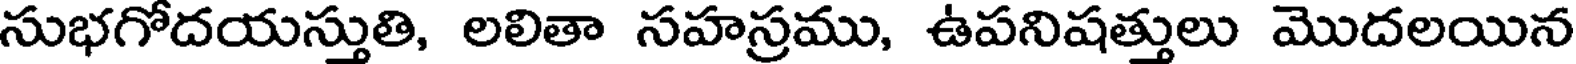
సుభగోదయస్తుతి, లలితా సహస్రము, ఉపనిషత్తులు మొదలయిన